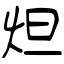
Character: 炟